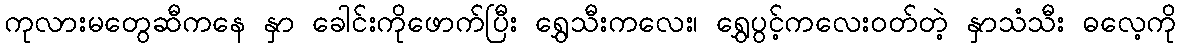
ကုလားမတွေဆီကနေ နှာ ခေါင်းကိုဖောက်ပြီး ရွှေသီးကလေး၊ ရွှေပွင့်ကလေးဝတ်တဲ့ နှာသံသီး ဓလေ့ကို